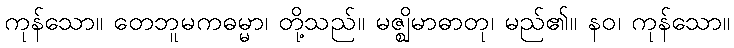
ကုန်သော။ တေဘူမကဓမ္မာ၊ တို့သည်။ မဇ္ဈိမာဓာတု၊ မည်၏။ နဝ၊ ကုန်သော။